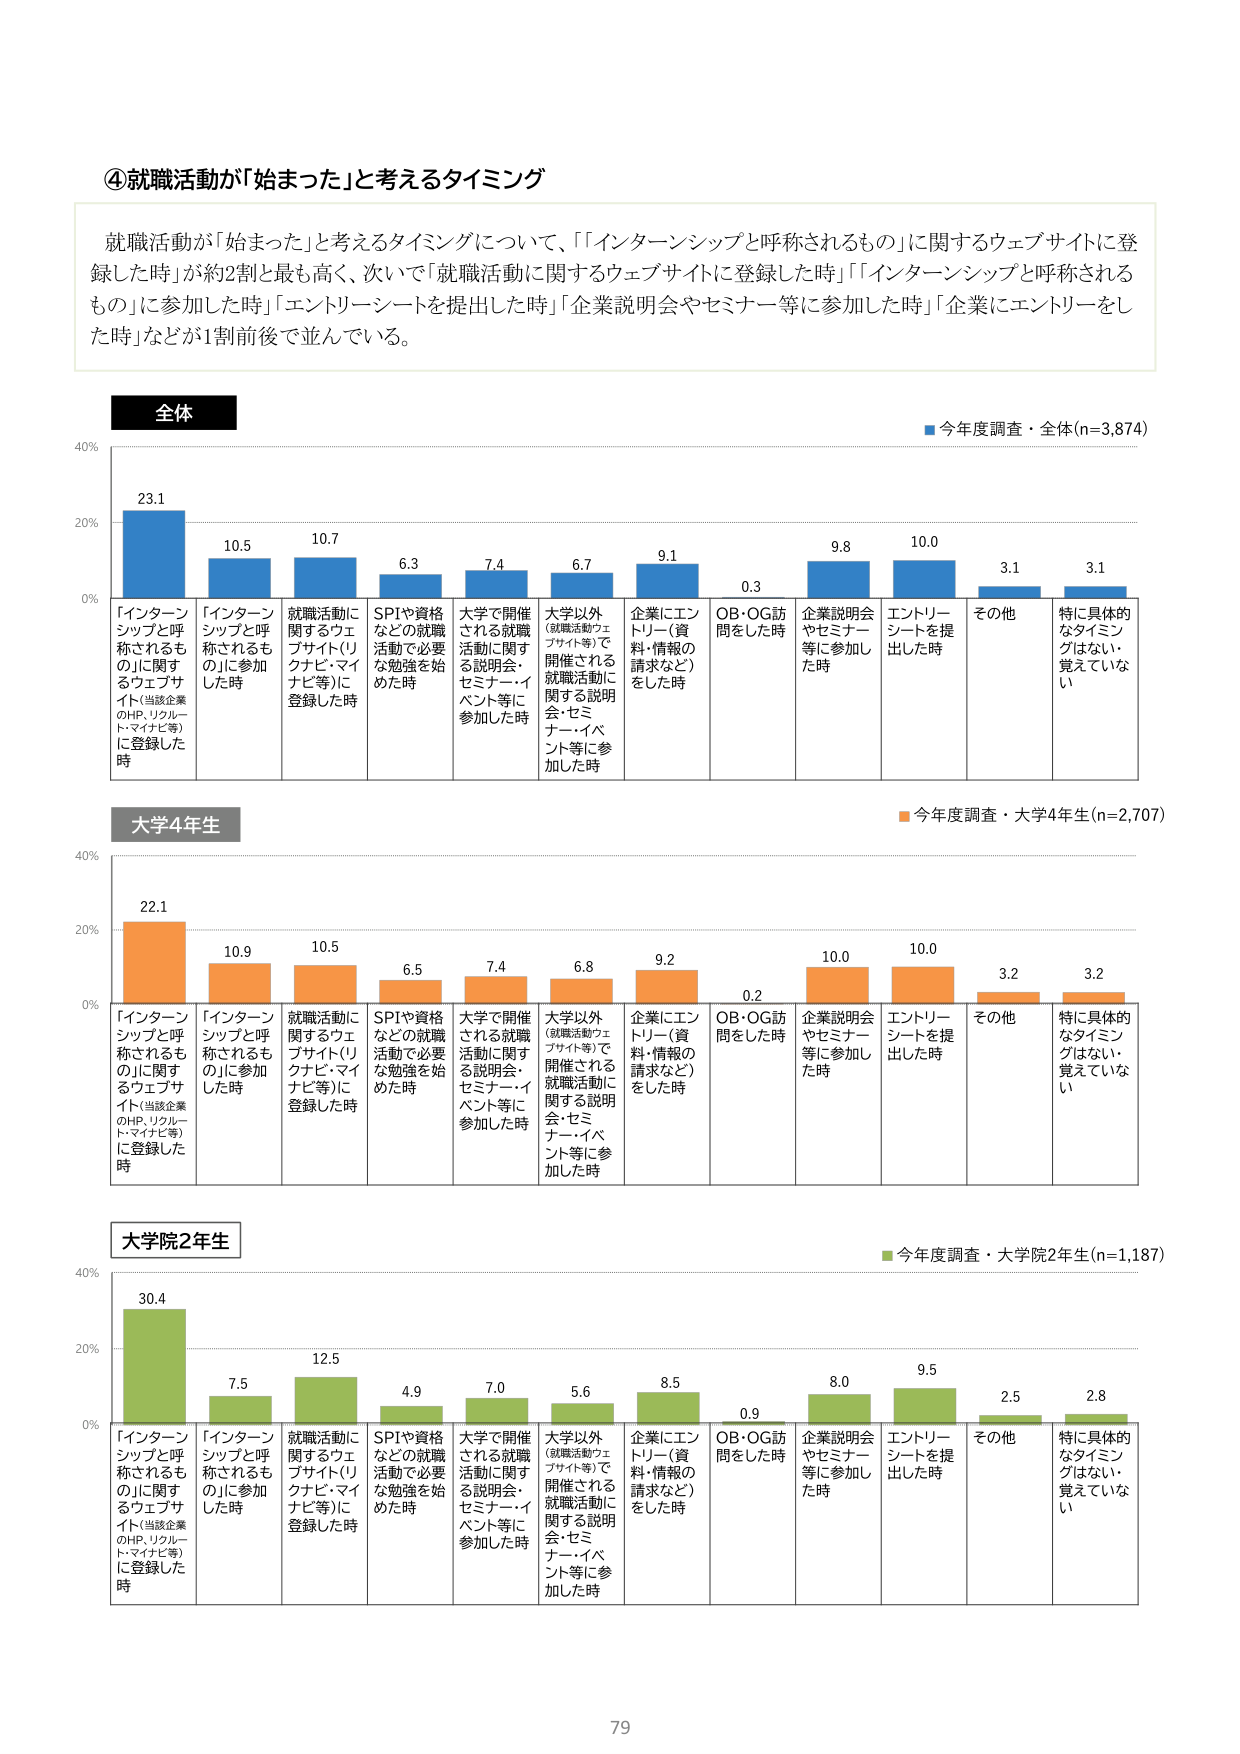
④就職活動が「始まった」と考えるタイミング

就職活動が「始まった」と考えるタイミングについて、「『インターンシップと呼称されるもの』に関するウェブサイトに登録した時」が約2割と最も高く、次いで「就職活動に関するウェブサイトに登録した時」「『インターンシップと呼称されるもの』に参加した時」「エントリーシートを提出した時」「企業説明会やセミナー等に参加した時」「企業にエントリーをした時」などが1割前後で並んでいる。

全体
■今年度調査・全体(n=3,874)
23.1
10.5
10.7
6.3
7.4
6.7
9.1
0.3
9.8
10.0
3.1
3.1
「インターンシップと呼称されるもの」に関するウェブサイト（当該企業のHP、リクルートマナビ等）に登録した時
「インターンシップと呼称されるもの」に参加した時
就職活動に関するウェブサイト（リクナビ・マイナビ等）に登録した時
SPIや資格などの就職活動で必要な勉強を始めた時
大学で開催される就職活動に関する説明会・セミナー・イベント等に参加した時
大学以外（就職活動ウェブサイト等）で開催される就職活動に関する説明会・セミナー・イベント等に参加した時
企業にエントリー（資料・情報の請求など）をした時
OB・OG訪問をした時
企業説明会やセミナー等に参加した時
エントリーシートを提出した時
その他
特に具体的なタイミングはない・覚えていない

大学4年生
■今年度調査・大学4年生(n=2,707)
22.1
10.9
10.5
6.5
7.4
6.8
9.2
0.2
10.0
10.0
3.2
3.2
「インターンシップと呼称されるもの」に関するウェブサイト（当該企業のHP、リクルートマナビ等）に登録した時
「インターンシップと呼称されるもの」に参加した時
就職活動に関するウェブサイト（リクナビ・マイナビ等）に登録した時
SPIや資格などの就職活動で必要な勉強を始めた時
大学で開催される就職活動に関する説明会・セミナー・イベント等に参加した時
大学以外（就職活動ウェブサイト等）で開催される就職活動に関する説明会・セミナー・イベント等に参加した時
企業にエントリー（資料・情報の請求など）をした時
OB・OG訪問をした時
企業説明会やセミナー等に参加した時
エントリーシートを提出した時
その他
特に具体的なタイミングはない・覚えていない

大学院2年生
■今年度調査・大学院2年生(n=1,187)
30.4
7.5
12.5
4.9
7.0
5.6
8.5
0.9
8.0
9.5
2.5
2.8
「インターンシップと呼称されるもの」に関するウェブサイト（当該企業のHP、リクルートマナビ等）に登録した時
「インターンシップと呼称されるもの」に参加した時
就職活動に関するウェブサイト（リクナビ・マイナビ等）に登録した時
SPIや資格などの就職活動で必要な勉強を始めた時
大学で開催される就職活動に関する説明会・セミナー・イベント等に参加した時
大学以外（就職活動ウェブサイト等）で開催される就職活動に関する説明会・セミナー・イベント等に参加した時
企業にエントリー（資料・情報の請求など）をした時
OB・OG訪問をした時
企業説明会やセミナー等に参加した時
エントリーシートを提出した時
その他
特に具体的なタイミングはない・覚えていない

79